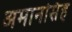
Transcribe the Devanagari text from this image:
अमानसिंह